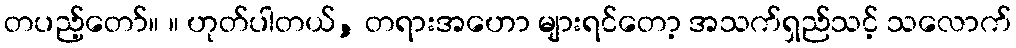
တပည့်တော်။ ။ ဟုတ်ပါတယ်, တရားအဟော များရင်တော့ အသက်ရှည်သင့် သလောက်